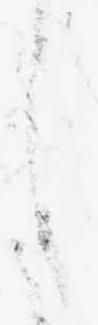
し